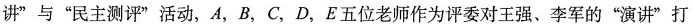
讲”与”民主测评”活动，A，B，C，D，E五位老师作为评委对王强、李军的”演讲”打